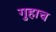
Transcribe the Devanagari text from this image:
गुहाच